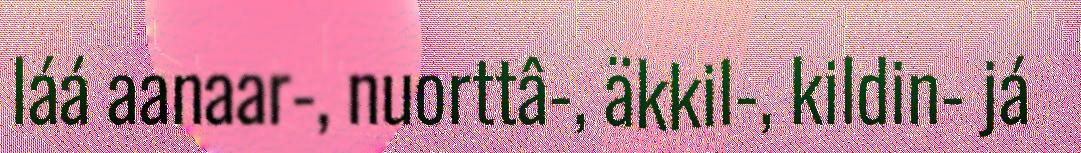
láá aanaar-, nuorttâ-, äkkil-, kildin- já